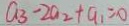
a _ { 3 } - 2 a _ { 2 } + a _ { 1 } = 0